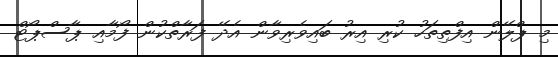
މި ޕްލޭން އިފްތިތަހު ކުރި އިރު ބައިވެރިވާން އެދޭ ފަރާތްކުން ފޯމާއި ޕާސްޕޯޓް